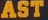
AST